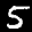
Label: 5